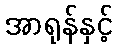
အာရုန်နှင့်